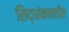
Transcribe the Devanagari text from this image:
सिद्धांकनातील